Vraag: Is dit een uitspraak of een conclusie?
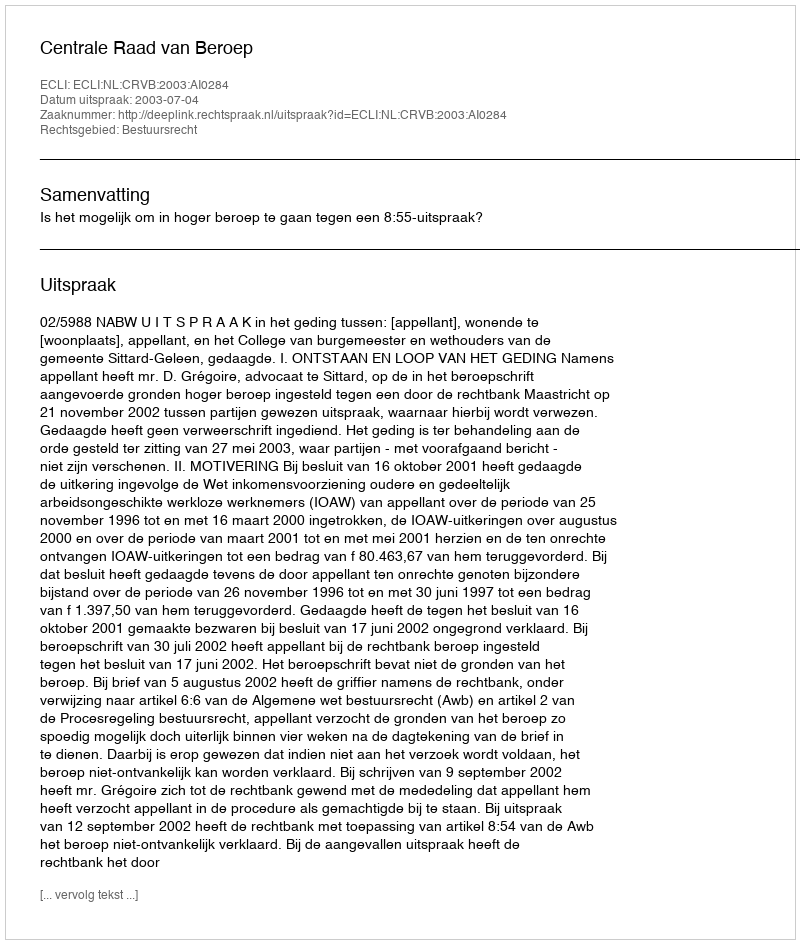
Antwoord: Uitspraak